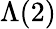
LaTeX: \Lambda(2)